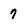
Character: 7